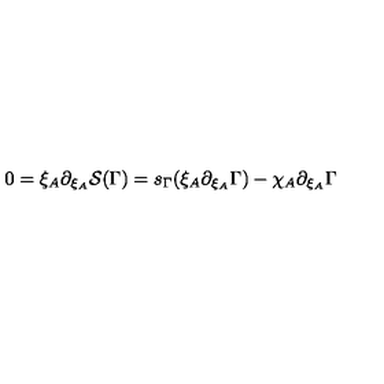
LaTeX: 0 = \xi _ { A } \partial _ { \xi _ { A } } { \cal S } ( \Gamma ) = s _ { \Gamma } ( \xi _ { A } \partial _ { \xi _ { A } } \Gamma ) - \chi _ { A } \partial _ { \xi _ { A } } \Gamma